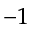
^ { - 1 }